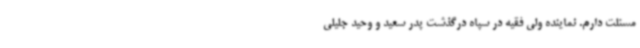
مسئلت دارم. نماینده ولی فقیه در سپاه درگذشت پدر سعید و وحید جلیلی